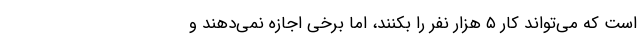
است که می‌تواند کار ۵ هزار نفر را بکنند، اما برخی اجازه نمی‌دهند و